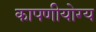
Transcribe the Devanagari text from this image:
कापणीयोग्य